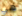
هي